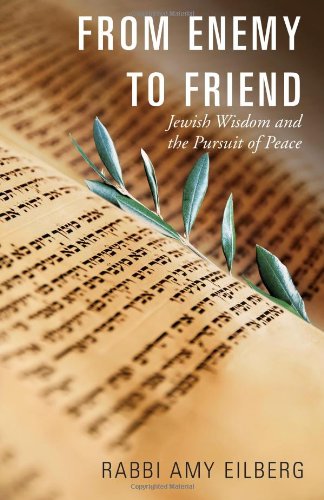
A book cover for From Enemy to Friend: Jewish Wisdom and the Pursuit of Peace; Amy Eilberg; Religion & Spirituality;